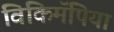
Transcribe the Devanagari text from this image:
विकिमॅपिया